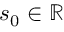
s _ { 0 } \in \mathbb { R }